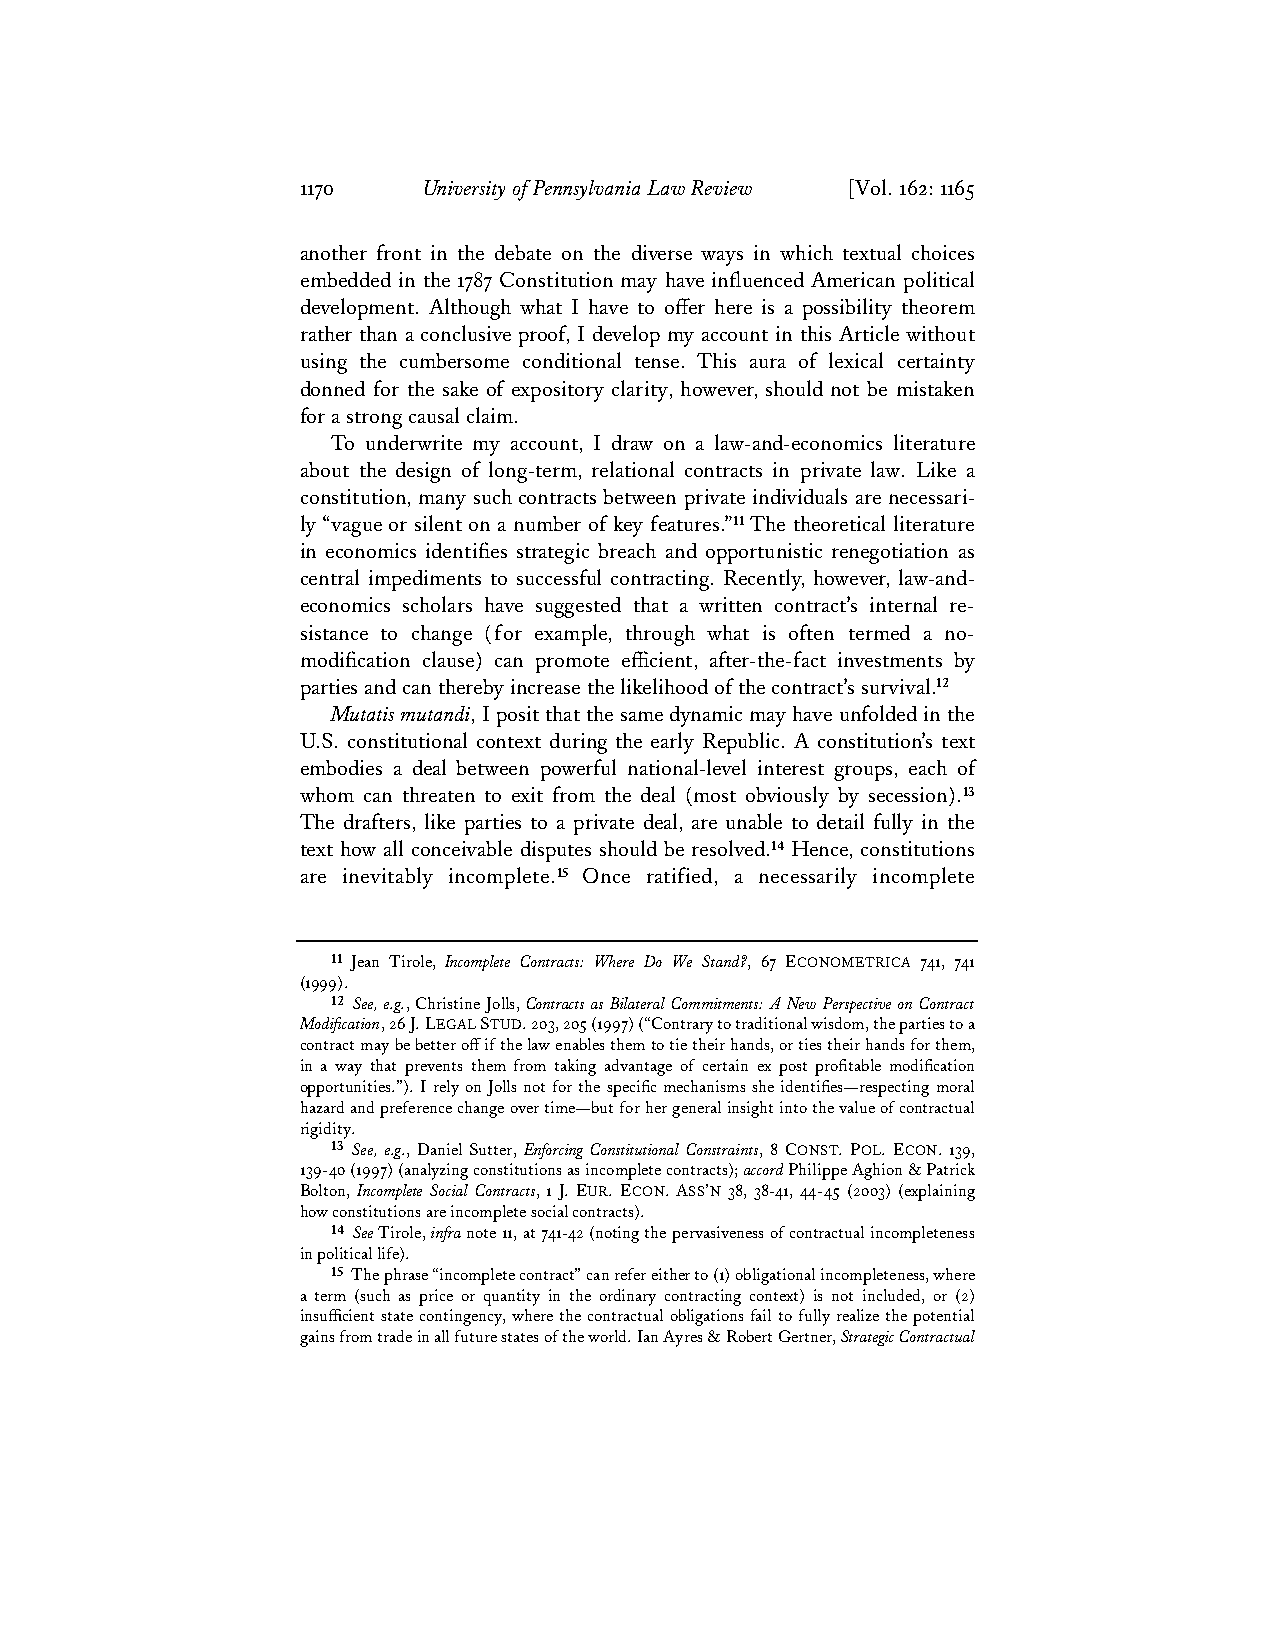
1170    University of Pennsylvania Law Review [Vol. 162: 1165
 another front in the debate on the diverse ways in which textual choices
 embedded in the 1787 Constitution may have influenced American political
 development. Although what I have to offer here is a possibility theorem
 rather than a conclusive proof, I develop my account in this Article without
 using the cumbersome conditional tense. This aura of lexical certainty
 donned for the sake of expository clarity, however, should not be mistaken
 for a strong causal claim.
 To underwrite my account, I draw on a law-and-economics literature
 about the design of long-term, relational contracts in private law. Like a
 constitution, many such contracts between private individuals are necessari-
 ly “vague or silent on a number of key features.”11 The theoretical literature
 in economics identifies strategic breach and opportunistic renegotiation as
 central impediments to successful contracting. Recently, however, law-and-
 economics scholars have suggested that a written contract’s internal re-
 sistance to change (for example, through what is often termed a no-
 modification clause) can promote efficient, after-the-fact investments by
 parties and can thereby increase the likelihood of the contract’s survival.12
 Mutatis mutandi, I posit that the same dynamic may have unfolded in the
 U.S. constitutional context during the early Republic. A constitution’s text
 embodies a deal between powerful national-level interest groups, each of
 whom can threaten to exit from the deal (most obviously by secession).13
 The drafters, like parties to a private deal, are unable to detail fully in the
 text how all conceivable disputes should be resolved.14 Hence, constitutions
 are inevitably incomplete.15 Once ratified, a necessarily incomplete
 11 Jean Tirole, Incomplete Contracts: Where Do We Stand?, 67 ECONOMETRICA 741, 741
 (1999).
 12 See, e.g., Christine Jolls, Contracts as Bilateral Commitments: A New Perspective on Contract
 Modification, 26 J. LEGAL STUD. 203, 205 (1997) (“Contrary to traditional wisdom, the parties to a
 contract may be better off if the law enables them to tie their hands, or ties their hands for them,
 in a way that prevents them from taking advantage of certain ex post profitable modification
 opportunities.”). I rely on Jolls not for the specific mechanisms she identifies—respecting moral
 hazard and preference change over time—but for her general insight into the value of contractual
 rigidity.
 13 See, e.g., Daniel Sutter, Enforcing Constitutional Constraints, 8 CONST. POL. ECON. 139,
 139-40 (1997) (analyzing constitutions as incomplete contracts); accord Philippe Aghion & Patrick
 Bolton, Incomplete Social Contracts, 1 J. EUR. ECON. ASS’N 38, 38-41, 44-45 (2003) (explaining
 how constitutions are incomplete social contracts).
 14 See Tirole, infra note 11, at 741-42 (noting the pervasiveness of contractual incompleteness
 in political life).
 15 The phrase “incomplete contract” can refer either to (1) obligational incompleteness, where
 a term (such as price or quantity in the ordinary contracting context) is not included, or (2)
 insufficient state contingency, where the contractual obligations fail to fully realize the potential
 gains from trade in all future states of the world. Ian Ayres & Robert Gertner, Strategic Contractual